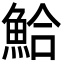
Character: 鮯